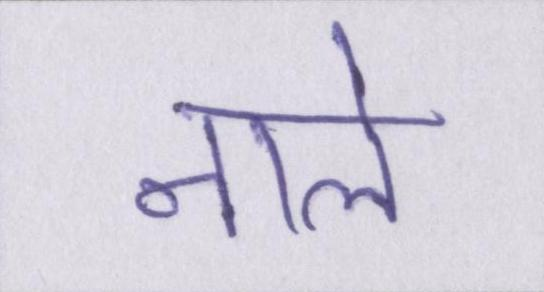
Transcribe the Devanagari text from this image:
नाले